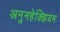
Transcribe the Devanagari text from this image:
अनुनहेक्झियम